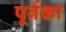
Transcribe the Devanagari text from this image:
पूर्वका